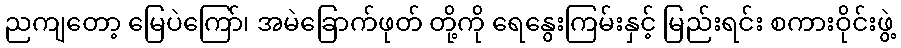
ညကျတော့ မြေပဲကြော်၊ အမဲခြောက်ဖုတ် တို့ကို ရေနွေးကြမ်းနှင့် မြည်းရင်း စကားဝိုင်းဖွဲ့